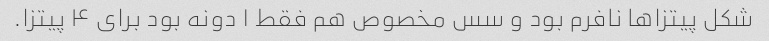
شکل پیتزاها نافرم بود و سس مخصوص هم فقط ۱ دونه بود برای ۴ پیتزا.